Indian journal of veterinary science and animal husbandry - Volumes 24-25, 1954-1955
Year: 1954
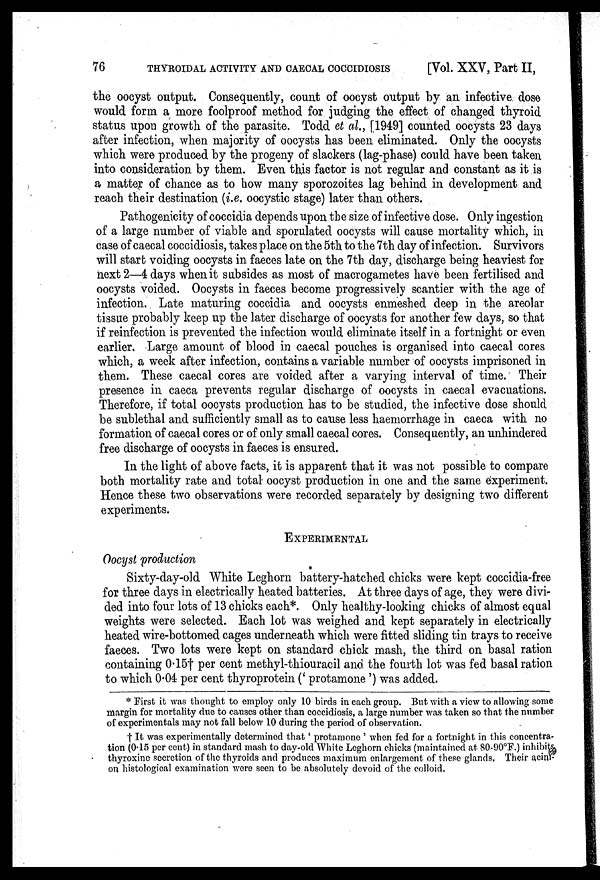
76
THYROIDAL ACTIVITY AND CAECAL COCCIDIOSIS
[Vol. XXV, Part II,
the oocyst output. Consequently, count of oocyst output by an infective dose
would form a more foolproof method for judging the effect of changed thyroid
status upon growth of the parasite. Todd et al., [1949] counted oocysts 23 days
after infection, when majority of oocysts has been eliminated. Only the oocysts
which were produced by the progeny of slackers (lag-phase) could have been taken
into consideration by them. Even this factor is not regular and constant as it is
a matter of chance as to how many sporozoites lag behind in development and
reach their destination (i.e. oocystic stage) later than others.
Pathogenicity of coccidia depends upon the size of infective dose. Only ingestion
of a large number of viable and sporulated oocysts will cause mortality which, in
case of caecal coccidiosis, takes place on the 5th to the 7th day of infection. Survivors
will start voiding oocysts in faeces late on the 7th day, discharge being heaviest for
next 2—4 days when it subsides as most of macrogametes have been fertilised and
oocysts voided. Oocysts in faeces become progressively scantier with the age of
infection. Late maturing coccidia and oocysts enmeshed deep in the areolar
tissue probably keep up the later discharge of oocysts for another few days, so that
if reinfection is prevented the infection would eliminate itself in a fortnight or even
earlier. Large amount of blood in caecal pouches is organised into caecal cores
which, a week after infection, contains a variable number of oocysts imprisoned in
them. These caecal cores are voided after a varying interval of time. Their
presence in caeca prevents regular discharge of oocysts in caecal evacuations.
Therefore, if total oocysts production has to be studied, the infective dose should
be sublethal and sufficiently small as to cause less haemorrhage in caeca with no
formation of caecal cores or of only small caecal cores. Consequently, an unhindered
free discharge of oocysts in faeces is ensured.
In the light of above facts, it is apparent that it was not possible to compare
both mortality rate and total oocyst production in one and the same experiment.
Hence these two observations were recorded separately by designing two different
experiments.
EXPERIMENTAL
Oocyst production
Sixty-day-old White Leghorn battery-hatched chicks were kept coccidia-free
for three days in electrically heated batteries. At three days of age, they were divi-
ded into four lots of 13 chicks each*. Only healthy-looking chicks of almost equal
weights were selected. Each lot was weighed and kept separately in electrically
heated wire-bottomed cages underneath which were fitted sliding tin trays to receive
faeces. Two lots were kept on standard chick mash, the third on basal ration
containing 0.15† per cent methyl-thiouracil and. the fourth lot was fed basal ration
to which 0.04 per cent thyroprotein (' protamone ') was added.
* First it was thought to employ only 10 birds in each group. But with a view to allowing some
margin for mortality due to causes other than coccidiosis, a large number was taken so that the number
of experimentals may not fall below 10 during the period of observation.
† It was experimentally determined that ' protamone ' when fed for a fortnight in this concentra-
tion (0.15 per cent) in standard mash to day-old White Leghorn chicks (maintained at 80-90°F.) inhibits
thyroxine secretion of the thyroids and produces maximum enlargement of these glands. Their acini-
on histological examination were seen to be absolutely devoid of the colloid,